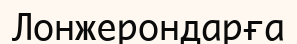
Лонжерондарға